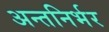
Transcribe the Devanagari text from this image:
अन्तनिर्भर